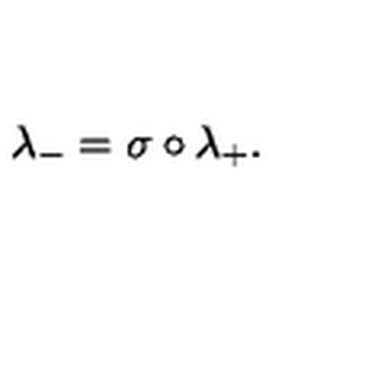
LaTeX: \lambda _ { - } = \sigma \circ \lambda _ { + } .